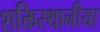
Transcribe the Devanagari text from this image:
शक्तिस्थानीया